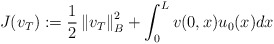
\begin{align*}J( v_{T}) :=\frac{1}{2}\left\Vert v_{T}\right\Vert _{B}^{2}+\int_{0}^{L}v( 0,x) u_{0}( x) dx\end{align*}